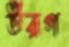
উরগ